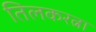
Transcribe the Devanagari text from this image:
तिलकरत्ना